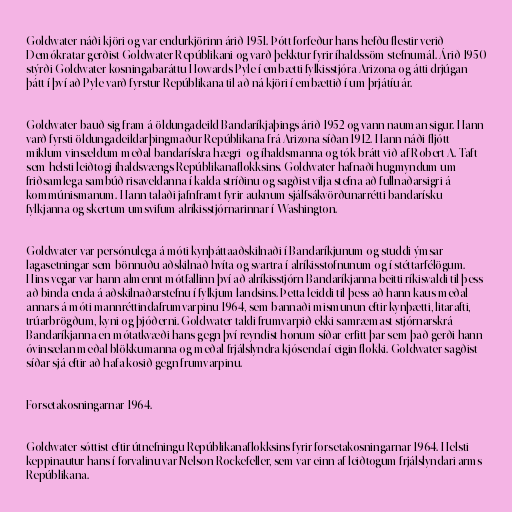
Goldwater náði kjöri og var endurkjörinn árið 1951. Þótt forfeður hans hefðu flestir verið
Demókratar gerðist Goldwater Repúblikani og varð þekktur fyrir íhaldssöm stefnumál. Árið 1950
stýrði Goldwater kosningabaráttu Howards Pyle í embætti fylkisstjóra Arizona og átti drjúgan
þátt í því að Pyle varð fyrstur Repúblikana til að ná kjöri í embættið í um þrjátíu ár.

Goldwater bauð sig fram á öldungadeild Bandaríkjaþings árið 1952 og vann nauman sigur. Hann
varð fyrsti öldungadeildarþingmaður Repúblikana frá Arizona síðan 1912. Hann náði fljótt
miklum vinsældum meðal bandarískra hægri- og íhaldsmanna og tók brátt við af Robert A. Taft
sem helsti leiðtogi íhaldsvængs Repúblikanaflokksins. Goldwater hafnaði hugmyndum um
friðsamlega sambúð risaveldanna í kalda stríðinu og sagðist vilja stefna að fullnaðarsigri á
kommúnismanum. Hann talaði jafnframt fyrir auknum sjálfsákvörðunarrétti bandarísku
fylkjanna og skertum umsvifum alríkisstjórnarinnar í Washington.

Goldwater var persónulega á móti kynþáttaaðskilnaði í Bandaríkjunum og studdi ýmsar
lagasetningar sem bönnuðu aðskilnað hvíta og svartra í alríkisstofnunum og í stéttarfélögum.
Hins vegar var hann almennt mótfallinn því að alríkisstjórn Bandaríkjanna beitti ríkisvaldi til þess
að binda enda á aðskilnaðarstefnu í fylkjum landsins. Þetta leiddi til þess að hann kaus meðal
annars á móti mannréttindafrumvarpinu 1964, sem bannaði mismunun eftir kynþætti, litarafti,
trúarbrögðum, kyni og þjóðerni. Goldwater taldi frumvarpið ekki samræmast stjórnarskrá
Bandaríkjanna en mótatkvæði hans gegn því reyndist honum síðar erfitt þar sem það gerði hann
óvinsælan meðal blökkumanna og meðal frjálslyndra kjósenda í eigin flokki. Goldwater sagðist
síðar sjá eftir að hafa kosið gegn frumvarpinu.

Forsetakosningarnar 1964.

Goldwater sóttist eftir útnefningu Repúblikanaflokksins fyrir forsetakosningarnar 1964. Helsti
keppinautur hans í forvalinu var Nelson Rockefeller, sem var einn af leiðtogum frjálslyndari arms
Repúblikana.